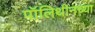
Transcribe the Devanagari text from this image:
पॉलिथीनच्या